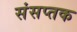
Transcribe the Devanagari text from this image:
संसप्तक